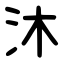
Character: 沐